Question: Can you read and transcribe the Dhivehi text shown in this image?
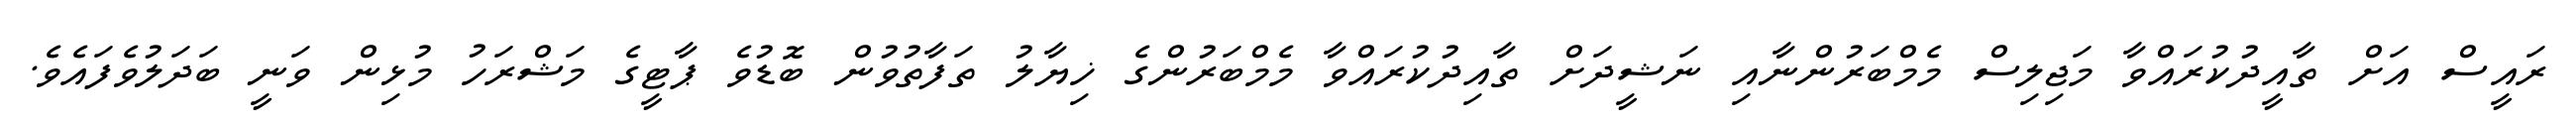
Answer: ރައީސް އަށް ތާއީދުކުރައްވާ މަޖިލިސް މެމްބަރުންނާއި ނަޝީދަށް ތާއިދުކުރައްވާ މެމްބަރުންގެ ޚިޔާލު ތަފާތުވުން ބޮޑުވެ ޕާޓީގެ މަޝްރަހު މުޅިން ވަނީ ބަދަލުވެފައެވެ.